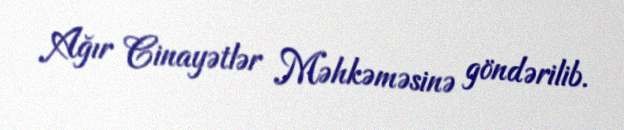
Ağır Cinayətlər Məhkəməsinə göndərilib.